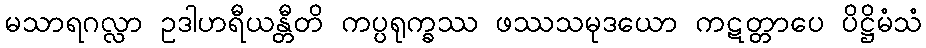
မသာရဂလ္လာ ဥဒါဟရီယန္တီတိ ကပ္ပရုက္ခဿ ဖဿသမုဒယော ကဋတ္တာပေ ပိဋ္ဌိမံသံ